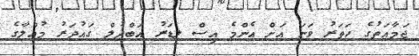
ޖަމާއަތުގެ ހަތަރު ވަނަ އަށް އެންމެ އިސް ލީޑަރު އަބްދުލް ގައުދަރު މުއްލާގެ